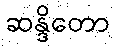
ဆန္ဒိတော